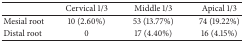
|  | Cervical 1/3 | Middle 1/3 | Apical 1/3 |
 | --- | --- | --- | --- |
 | Mesial root | 10 (2.60%) | 53 (13.77%) | 74 (19.22%) |
 | Distal root | 0 | 17 (4.40%) | 16 (4.15%) |